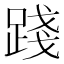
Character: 踐